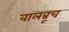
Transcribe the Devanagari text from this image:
वालब्रूच